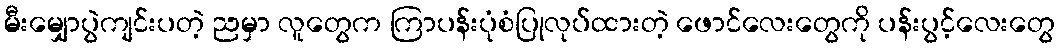
မီးမျှောပွဲကျင်းပတဲ့ ညမှာ လူတွေက ကြာပန်းပုံစံပြုလုပ်ထားတဲ့ ဖောင်လေးတွေကို ပန်းပွင့်လေးတွေ